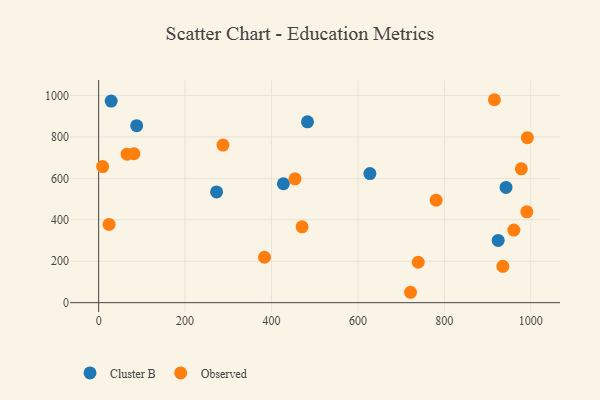
{"axis": {"x": "Investment", "y": "Exam Score"}, "legend": ["Cluster B", "Observed"], "data": [{"x": "942.7", "y": 556.1, "type": "Cluster B"}, {"x": "29.0", "y": 972.8, "type": "Cluster B"}, {"x": "88.0", "y": 854.4, "type": "Cluster B"}, {"x": "627.7", "y": 623.2, "type": "Cluster B"}, {"x": "483.3", "y": 872.8, "type": "Cluster B"}, {"x": "924.5", "y": 300.2, "type": "Cluster B"}, {"x": "272.9", "y": 534.3, "type": "Cluster B"}, {"x": "427.5", "y": 573.8, "type": "Cluster B"}, {"x": "721.7", "y": 50.2, "type": "Observed"}, {"x": "915.8", "y": 979.4, "type": "Observed"}, {"x": "978.1", "y": 646.1, "type": "Observed"}, {"x": "960.8", "y": 350.4, "type": "Observed"}, {"x": "992.1", "y": 796.4, "type": "Observed"}, {"x": "81.6", "y": 718.8, "type": "Observed"}, {"x": "9.2", "y": 656.8, "type": "Observed"}, {"x": "781.0", "y": 494.8, "type": "Observed"}, {"x": "454.4", "y": 597.7, "type": "Observed"}, {"x": "470.7", "y": 366.0, "type": "Observed"}, {"x": "65.8", "y": 716.6, "type": "Observed"}, {"x": "24.1", "y": 377.6, "type": "Observed"}, {"x": "383.8", "y": 219.2, "type": "Observed"}, {"x": "287.7", "y": 760.5, "type": "Observed"}, {"x": "990.8", "y": 438.6, "type": "Observed"}, {"x": "739.5", "y": 195.0, "type": "Observed"}, {"x": "935.3", "y": 175.6, "type": "Observed"}]}